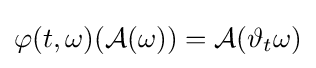
\varphi (t,\omega )({\mathcal {A}}(\omega ))={\mathcal {A}}(\vartheta _{t}\omega )